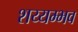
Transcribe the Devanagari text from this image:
शय्यम्भव